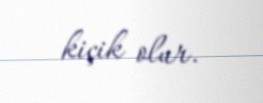
kiçik olur.